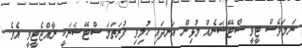
ނަމަވެސް ޓީވީ ސްޓޭޝަނެއް މުޅިން އަނދައި ހުލިވި ފުރަތަމަ ސްޓޭޝަނަކީ ރާއްޖެޓީވީ އެވެ.